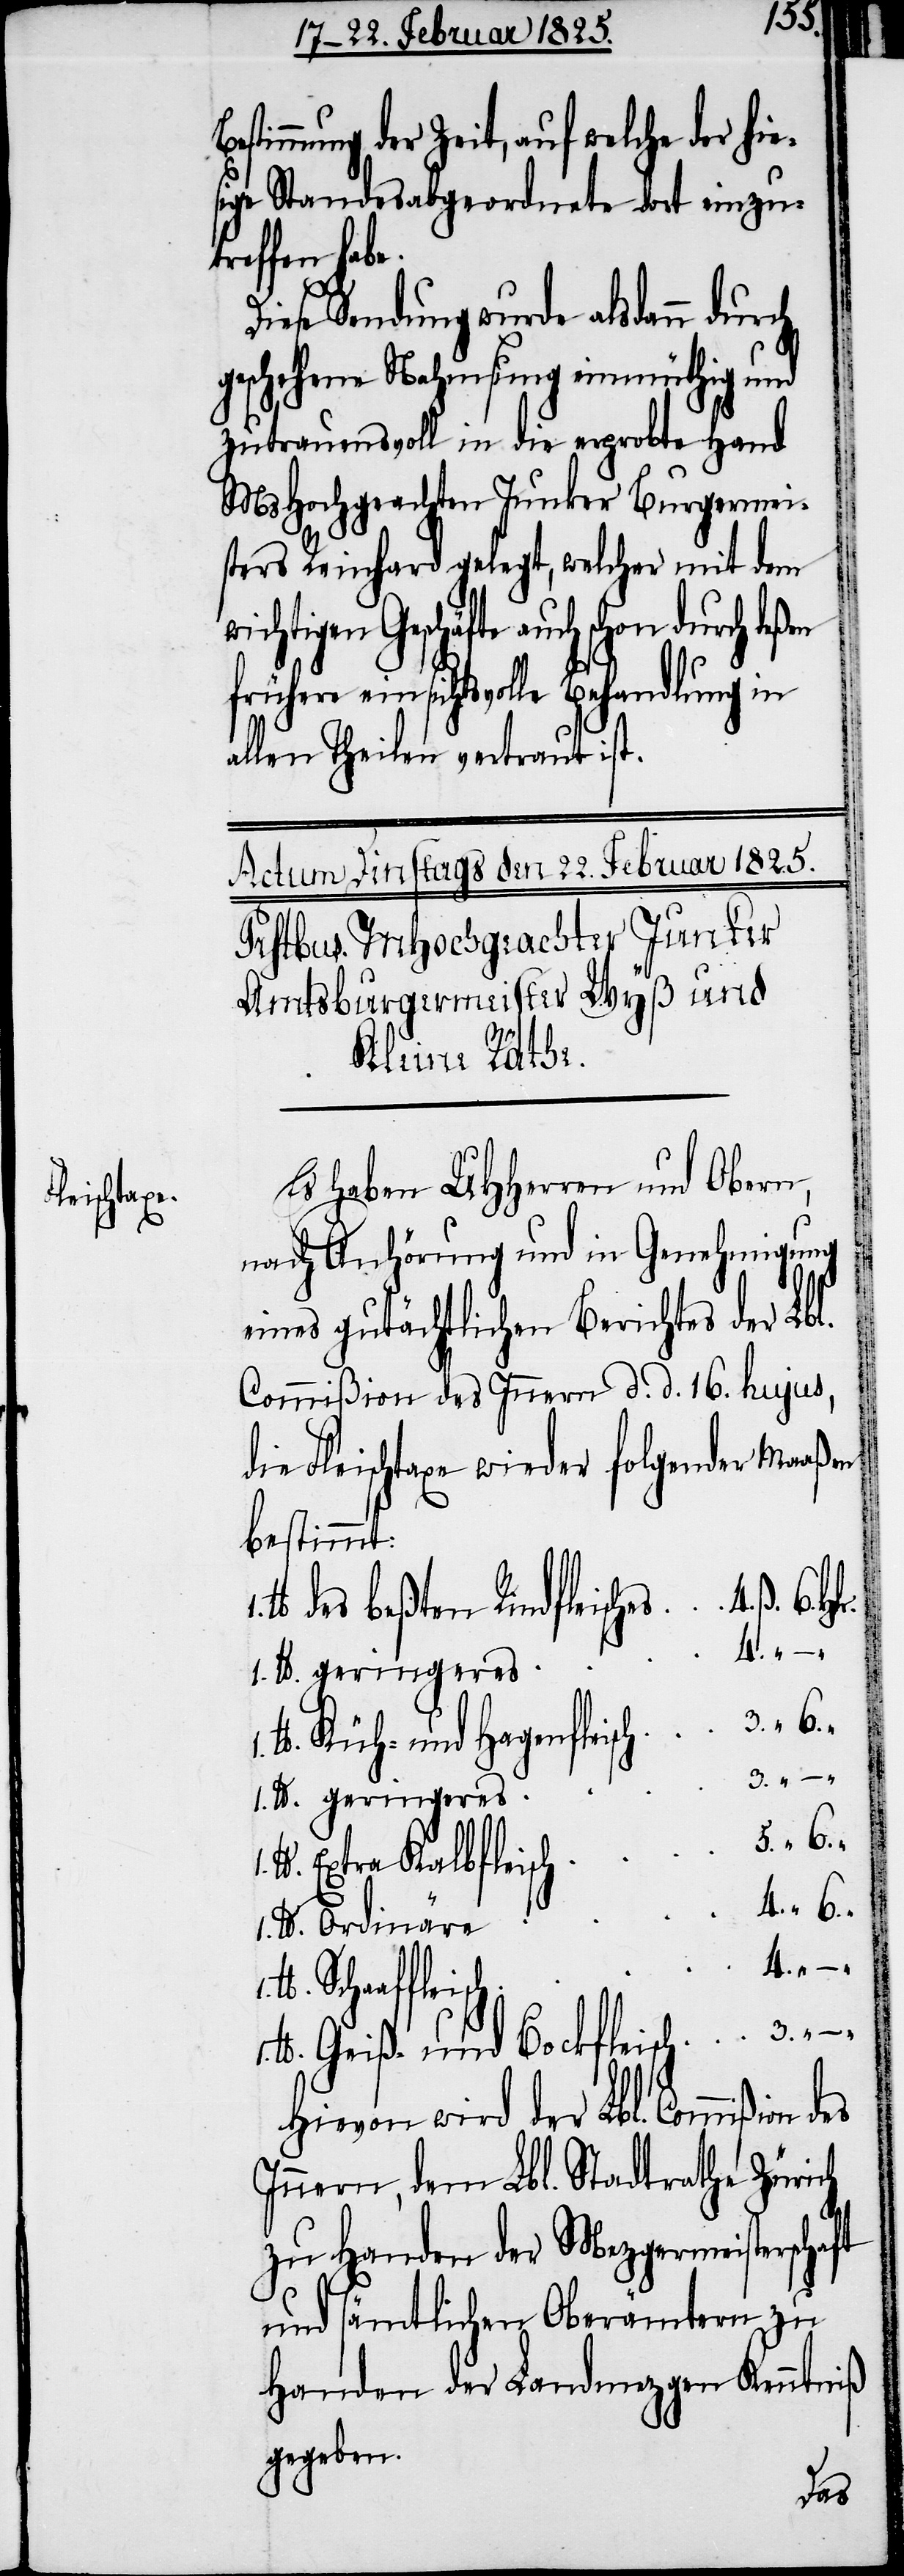
ung der Zeit, auf welche der h¬
sige Standesabgeordnete dort einzu¬
treffen hab¬
Diese Sendung wurde alsdann durch
geschehene Nahmsung einmüthig und
zutrauensvoll in die erprobte Hand
MsHochgeachten Junker Burgermei¬
sters Reinhard gelegt, welcher mit dem
ichtigen Geschäfte auch schon
frühere einsichtsvolle Behandlung in
allen Theilen vertraut ist.
Es haben UHHerren und Obern,
nach Anhörung und in Genehmigung
eines gutächtlichen Berichtes der Lbl.
Commißion des Innern d. d. 16. hujus,
die Fleischtaxe wieder folgender Maaßen
bestimmt:
des beßten Rindfleisch¬
4.
Küh- und Hagenfleisch
3.
1. tbr.
Geiß- und Bockfleisch
1. tbr.
Ordinäre
4.
Hievon wird der Lbl. Commißion
Innern, dem Lbl. Stadtrathe Zürich
zu Handen der Mezgermeisterschaft
und sämtlichen Oberämtern zu
Handen der Landmezgen Kenntniß
gegeben.
des